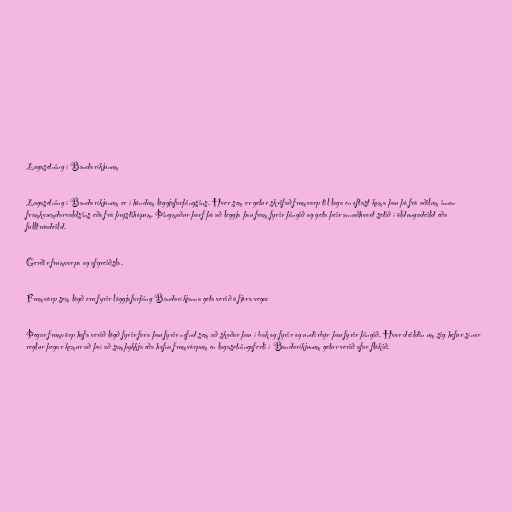
Lagasetning í Bandaríkjunum

Lagasetning í Bandaríkjunum er í höndum löggjafarþingsins. Hver sem er getur skrifað frumvarp til laga en oftast koma þau þó frá aðilum innan
framkvæmdarvaldsins eða frá þrýstihópum. Þingmaður þarf þó að leggja þau fram fyrir þingið og geta þeir annaðhvort setið í öldungadeild eða
fulltrúadeild.

Gerðir frumvarpa og afgreiðsla.

Frumvörp sem lögð eru fyrir löggjafarþing Bandaríkjanna geta verið á fjóra vegu:

Þegar frumvörp hafa verið lögð fyrir fara þau fyrir nefnd sem að skoðar þau í bak og fyrir og undirbýr þau fyrir þingið. Hvor deildin um sig hefur sínar
reglur þegar kemur að því að samþykkja eða hafna frumvörpum en lagasetningaferli í Bandaríkjunum getur verið afar flókið.